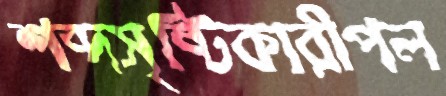
শব্দসৃষ্টিকারীপল